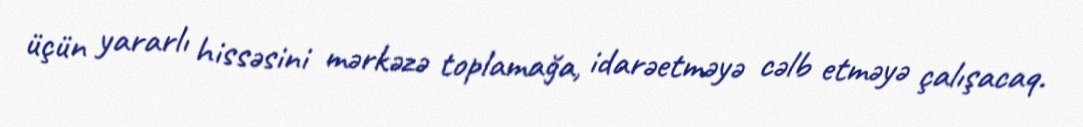
üçün yararlı hissəsini mərkəzə toplamağa, idarəetməyə cəlb etməyə çalışacaq.